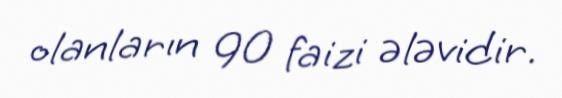
olanların 90 faizi ələvidir.